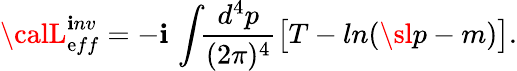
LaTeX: {\calL}_{\mathrm{e}ff}^{\mathbf{i}nv}=-\mathbf{i}\, \int\! \! {\frac{{d^{4}p}}{{(2\pi)^{4}}}}\big[T-ln(\sl{p}-m)\big].